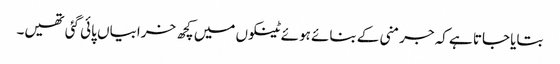
بتایا جاتا ہے کہ جرمنی کے بنائے ہوئے ٹینکوں میں کچھ خرابیاں پائی گئی تھیں۔